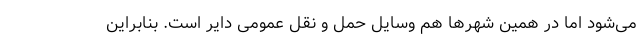
می‌شود اما در همین شهرها هم وسایل حمل و نقل عمومی دایر است. بنابراین